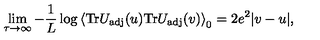
\lim _ { \tau \to \infty } - \frac { 1 } { L } \log \left< \mathrm { T r } U _ { \mathrm { a d j } } ( u ) \mathrm { T r } U _ { \mathrm { a d j } } ( v ) \right> _ { 0 } = 2 e ^ { 2 } | v - u | ,